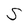
Character: S